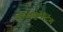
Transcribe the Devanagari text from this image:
ऑस्क्युलेटिंग